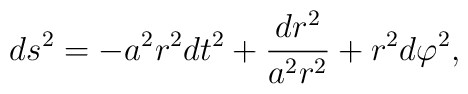
ds^2 = - a^2 r^2 dt^2	+ \frac{dr^2}{a^2 r^2}	+ r^2 d\varphi^2,